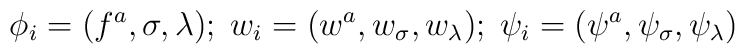
\phi_{i} = (f^{a}, \sigma, \lambda);\; w_{i} = (w^{a},w_{\sigma}, w_{\lambda});\; \psi_{i} = (\psi^{a}, \psi_{\sigma},\psi_{\lambda})